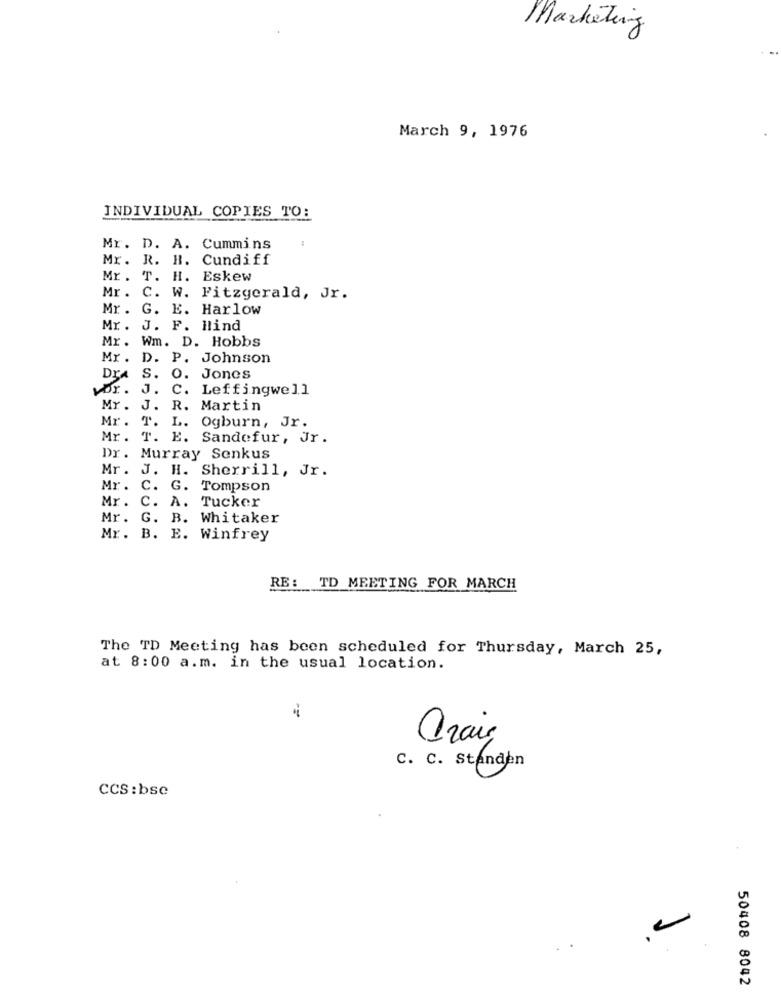
Marketing
March 9, 1976
INDIVIDUAL COPIES TO:
Mr. D. A. Cummins
Mr. R. H. Cundiff
Mr. T. H. Eskew
Mr .
C. W. Fitzgerald, Jr.
Mr. G. E. Harlow
Mr .
J. F. Hind
Wm. D. Hobbs
Mr .
Mr .
D. P. Johnson
DrA
S. O. Jones
vor.
J.
C. Leffingwell
Mr .
J. R. Martin
Mr .
T. L. Ogburn, Jr.
Mr. T. E. Sandefur, Jr.
Dr. Murray Senkus
Mr .
J. H. Sherrill, Jr.
Mr .
C. G. Tompson
Mr .
C. A. Tucker
Mr. G. B. Whitaker
Mr. B. E. Winfrey
RE: TD MEETING FOR MARCH
The TD Meeting has been scheduled for Thursday, March 25,
at 8:00 a.m. in the usual location.
-
Orais
C. C. Standen
CCS:bse
50408 8042